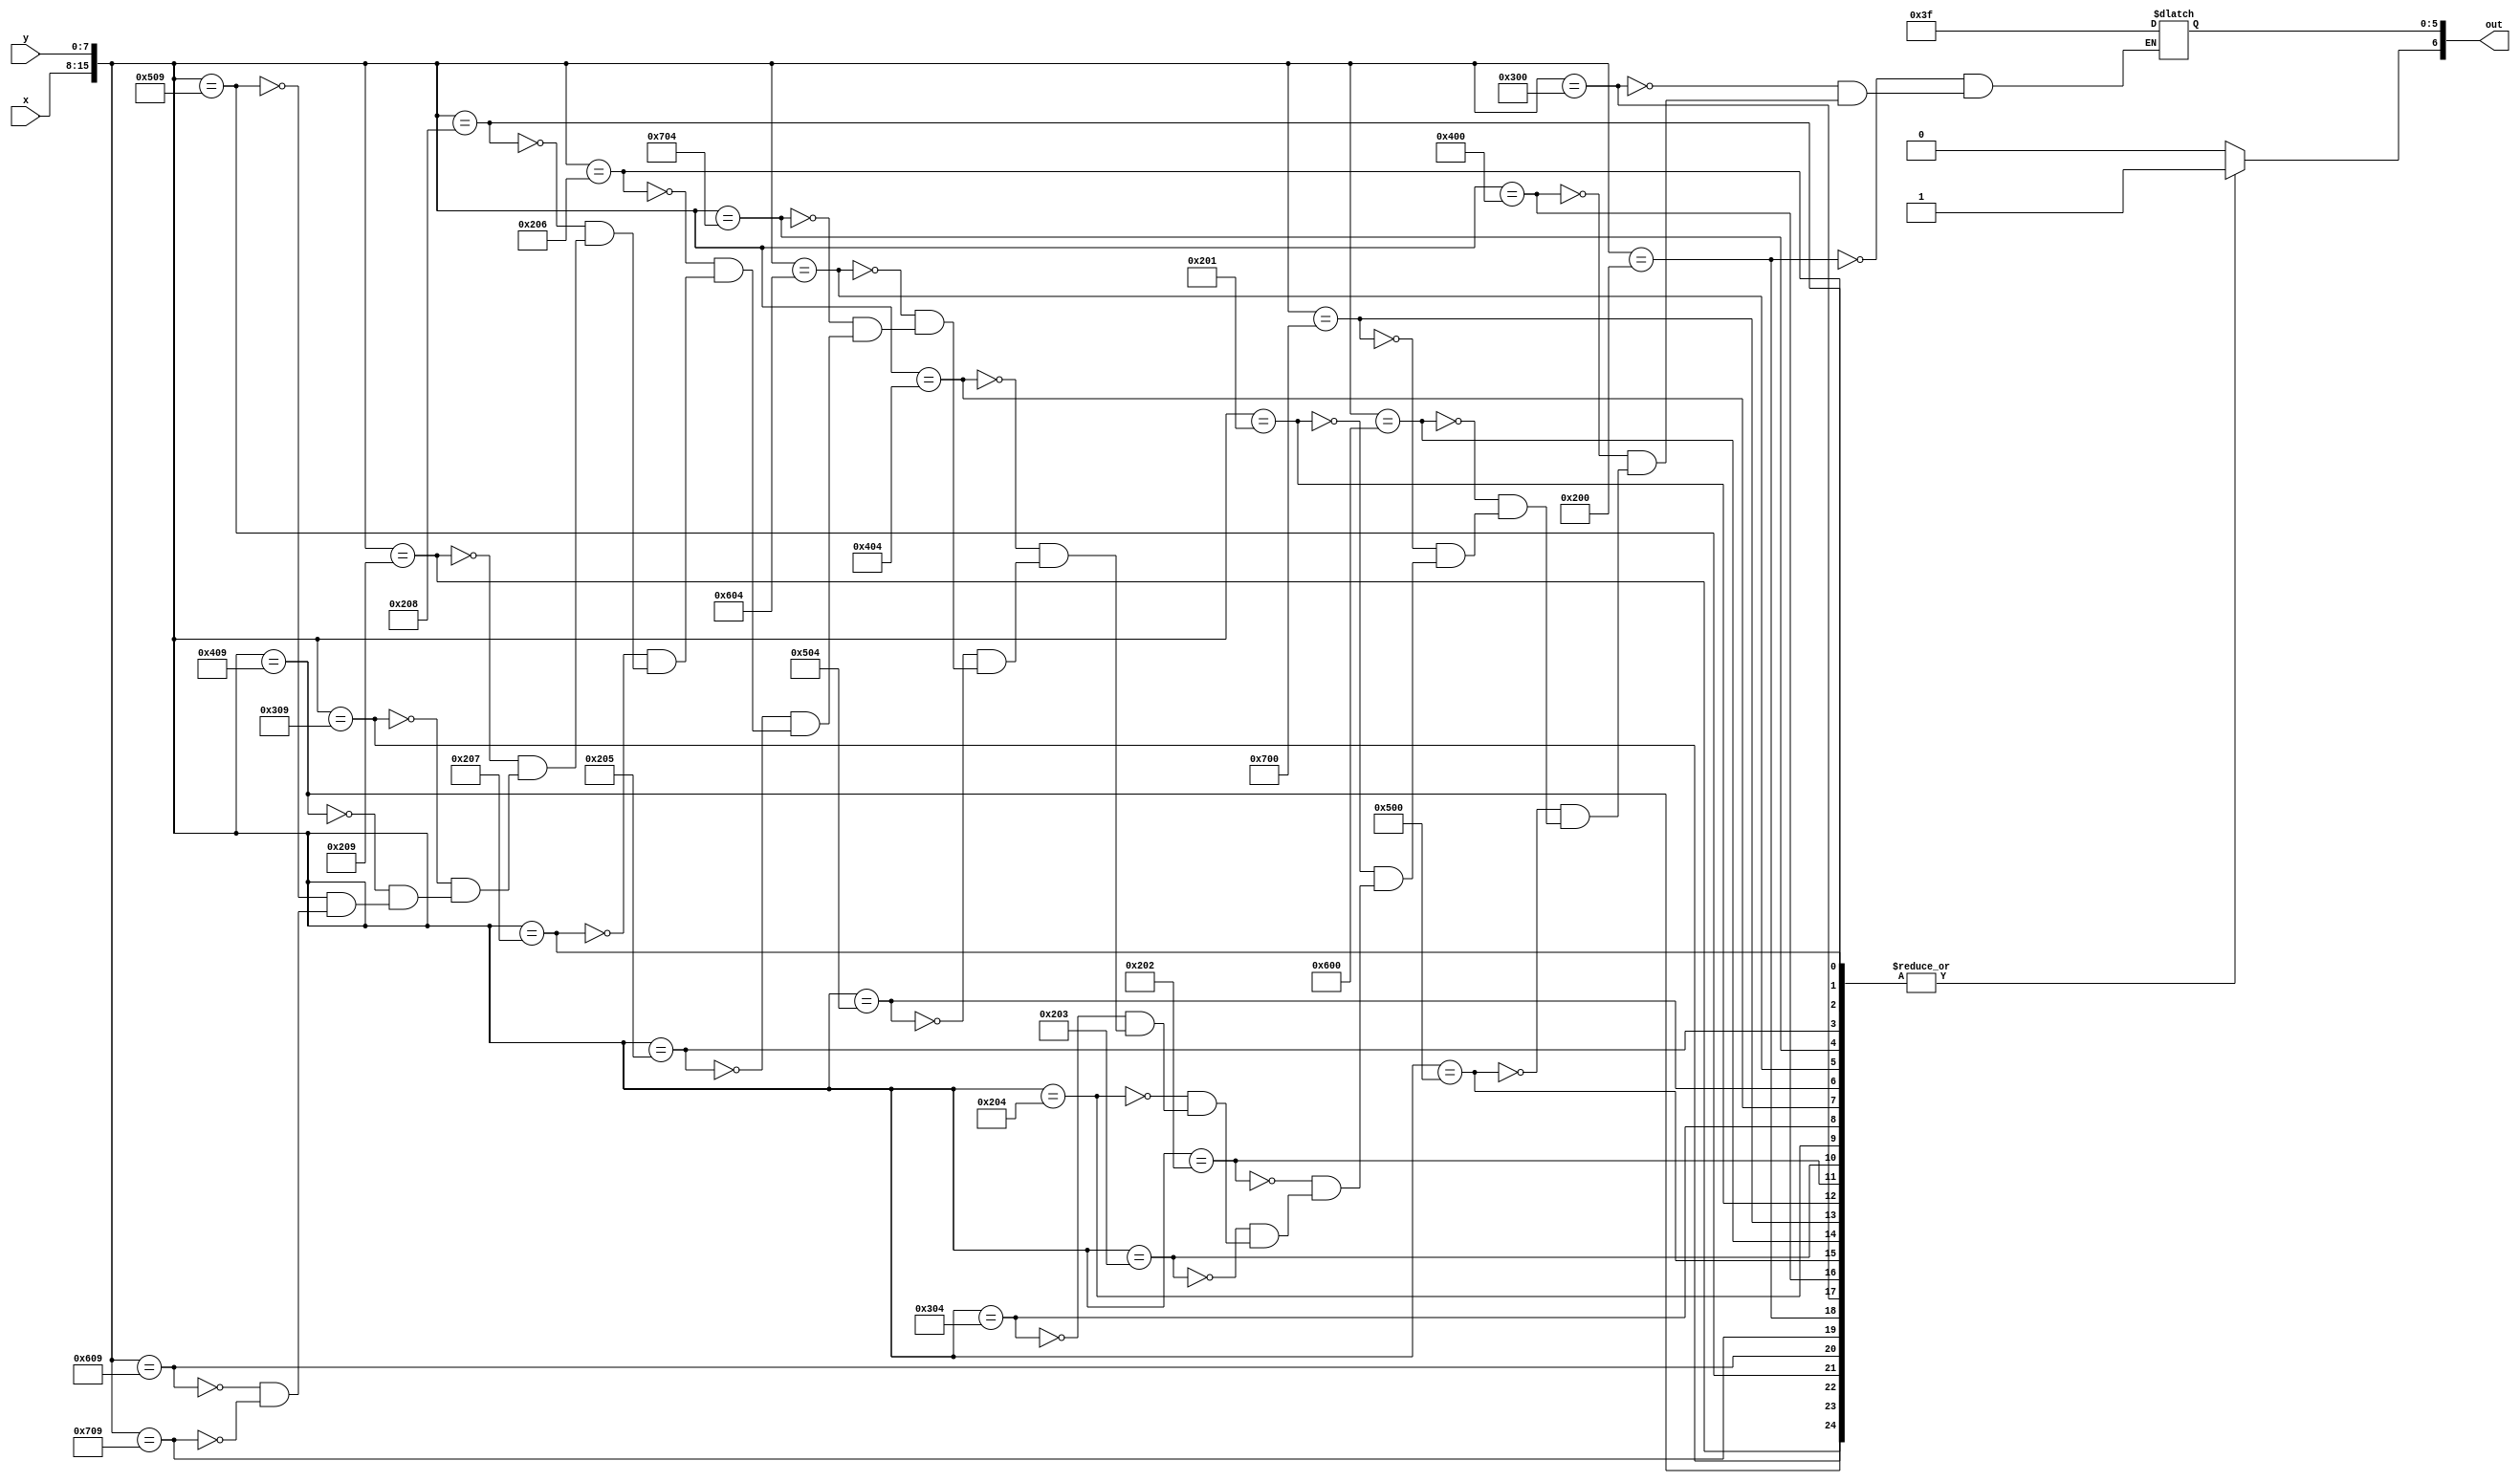
module char_e_lut(x, y, out);
	input [7:0] x;
	input [7:0] y;
	output reg [6:0] out;

	always@(*)
	begin
		out[6] <= 1'b1;
		case({x, y})
			16'h0200: out[5:0] <= 6'b111111;
			16'h0300: out[5:0] <= 6'b111111;
			16'h0400: out[5:0] <= 6'b111111;
			16'h0500: out[5:0] <= 6'b111111;
			16'h0600: out[5:0] <= 6'b111111;
			16'h0700: out[5:0] <= 6'b111111;
			
			16'h0201: out[5:0] <= 6'b111111;
			16'h0202: out[5:0] <= 6'b111111;
			16'h0203: out[5:0] <= 6'b111111;
			
			16'h0204: out[5:0] <= 6'b111111;
			16'h0304: out[5:0] <= 6'b111111;
			16'h0404: out[5:0] <= 6'b111111;
			16'h0504: out[5:0] <= 6'b111111;
			16'h0604: out[5:0] <= 6'b111111;
			16'h0704: out[5:0] <= 6'b111111;
			
			16'h0205: out[5:0] <= 6'b111111;
			16'h0206: out[5:0] <= 6'b111111;
			16'h0207: out[5:0] <= 6'b111111;
			16'h0208: out[5:0] <= 6'b111111;
			
			16'h0209: out[5:0] <= 6'b111111;
			16'h0309: out[5:0] <= 6'b111111;
			16'h0409: out[5:0] <= 6'b111111;
			16'h0509: out[5:0] <= 6'b111111;
			16'h0609: out[5:0] <= 6'b111111;
			16'h0709: out[5:0] <= 6'b111111;
			default: out[6] <= 1'b0;
		endcase
	end
endmodule
module char_e(x, y, flush_x, flush_y, colour, enable);
	input [7:0] x;
	input [7:0] y;
	input [7:0] flush_x;
	input [7:0] flush_y;
	
	output [5:0] colour;
	output enable;
	
	wire [6:0] lut_out;
	
	char_e_lut(flush_x - x, flush_y - y, lut_out);
	
	assign colour = lut_out[5:0];
	assign enable = lut_out[6];
endmodule